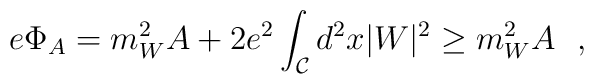
e \Phi_A=m^2_W A +2 e^2 \int_{\cal C} d^2x |W|^2 \ge m^2_W A~~,